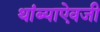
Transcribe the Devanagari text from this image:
थांब्याऐवजी